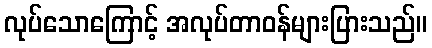
လုပ်သောကြောင့် အလုပ်တာဝန်များပြားသည်။